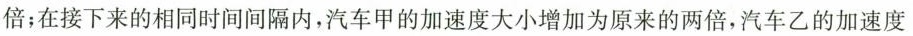
倍；在接下来的相同时间间隔内，汽车甲的加速度大小增加为原来的两倍，汽车乙的加速度